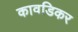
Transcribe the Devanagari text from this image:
कावडिकर